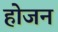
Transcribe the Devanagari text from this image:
होजन